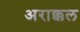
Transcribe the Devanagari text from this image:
अराक्कल